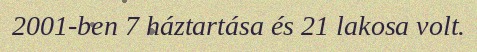
2001-ben 7 háztartása és 21 lakosa volt.